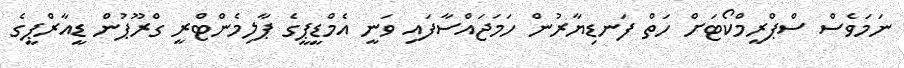
ނަމަވެސް ސްޕްރީމްކޯޓަށް ހަތް ފަނޑިޔާރުން ހަމަޖައްސާފައި ވަނީ އެމްޑީޕީގެ ޕާލިމެންޓްރީ ގްރޫޕުން ޑީއާރްޕީގެ